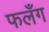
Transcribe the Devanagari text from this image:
फलँग